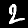
Digit: 2